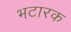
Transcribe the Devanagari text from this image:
भटारक